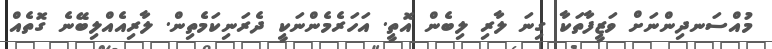
މުއްސަނދިންނަށް ވަޒީފާތަކާ ގިނަ ލާރި ލިބެން އޮތީ. އަހަރެމެންނަކީ ދެރަނިކަމެތިން. ލާރިއެއްލިބޭނެ ގޮތެއް